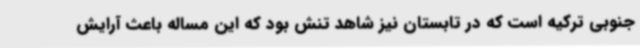
جنوبی ترکیه است که در تابستان نیز شاهد تنش بود که این مساله باعث آرایش